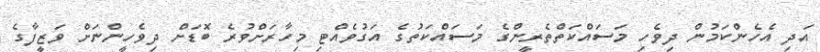
އަދި އެހެންކަމުން ދިވެހި މަސައްކަތްތެރީންގެ މަސައްކަތުގެ އަގުވެއްޓި މިހާރަށްވުރެ ބޮޑަށް ދިވެހީންނަށް ވަޒީފާގެ